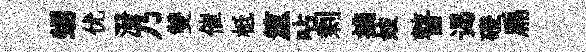
甥优潑乃雙催柢筮呫剰摘妓瞽谒磴扁